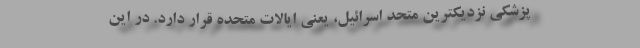
پزشکی نزدیکترین متحد اسرائیل، یعنی ایالات متحده قرار دارد. در این